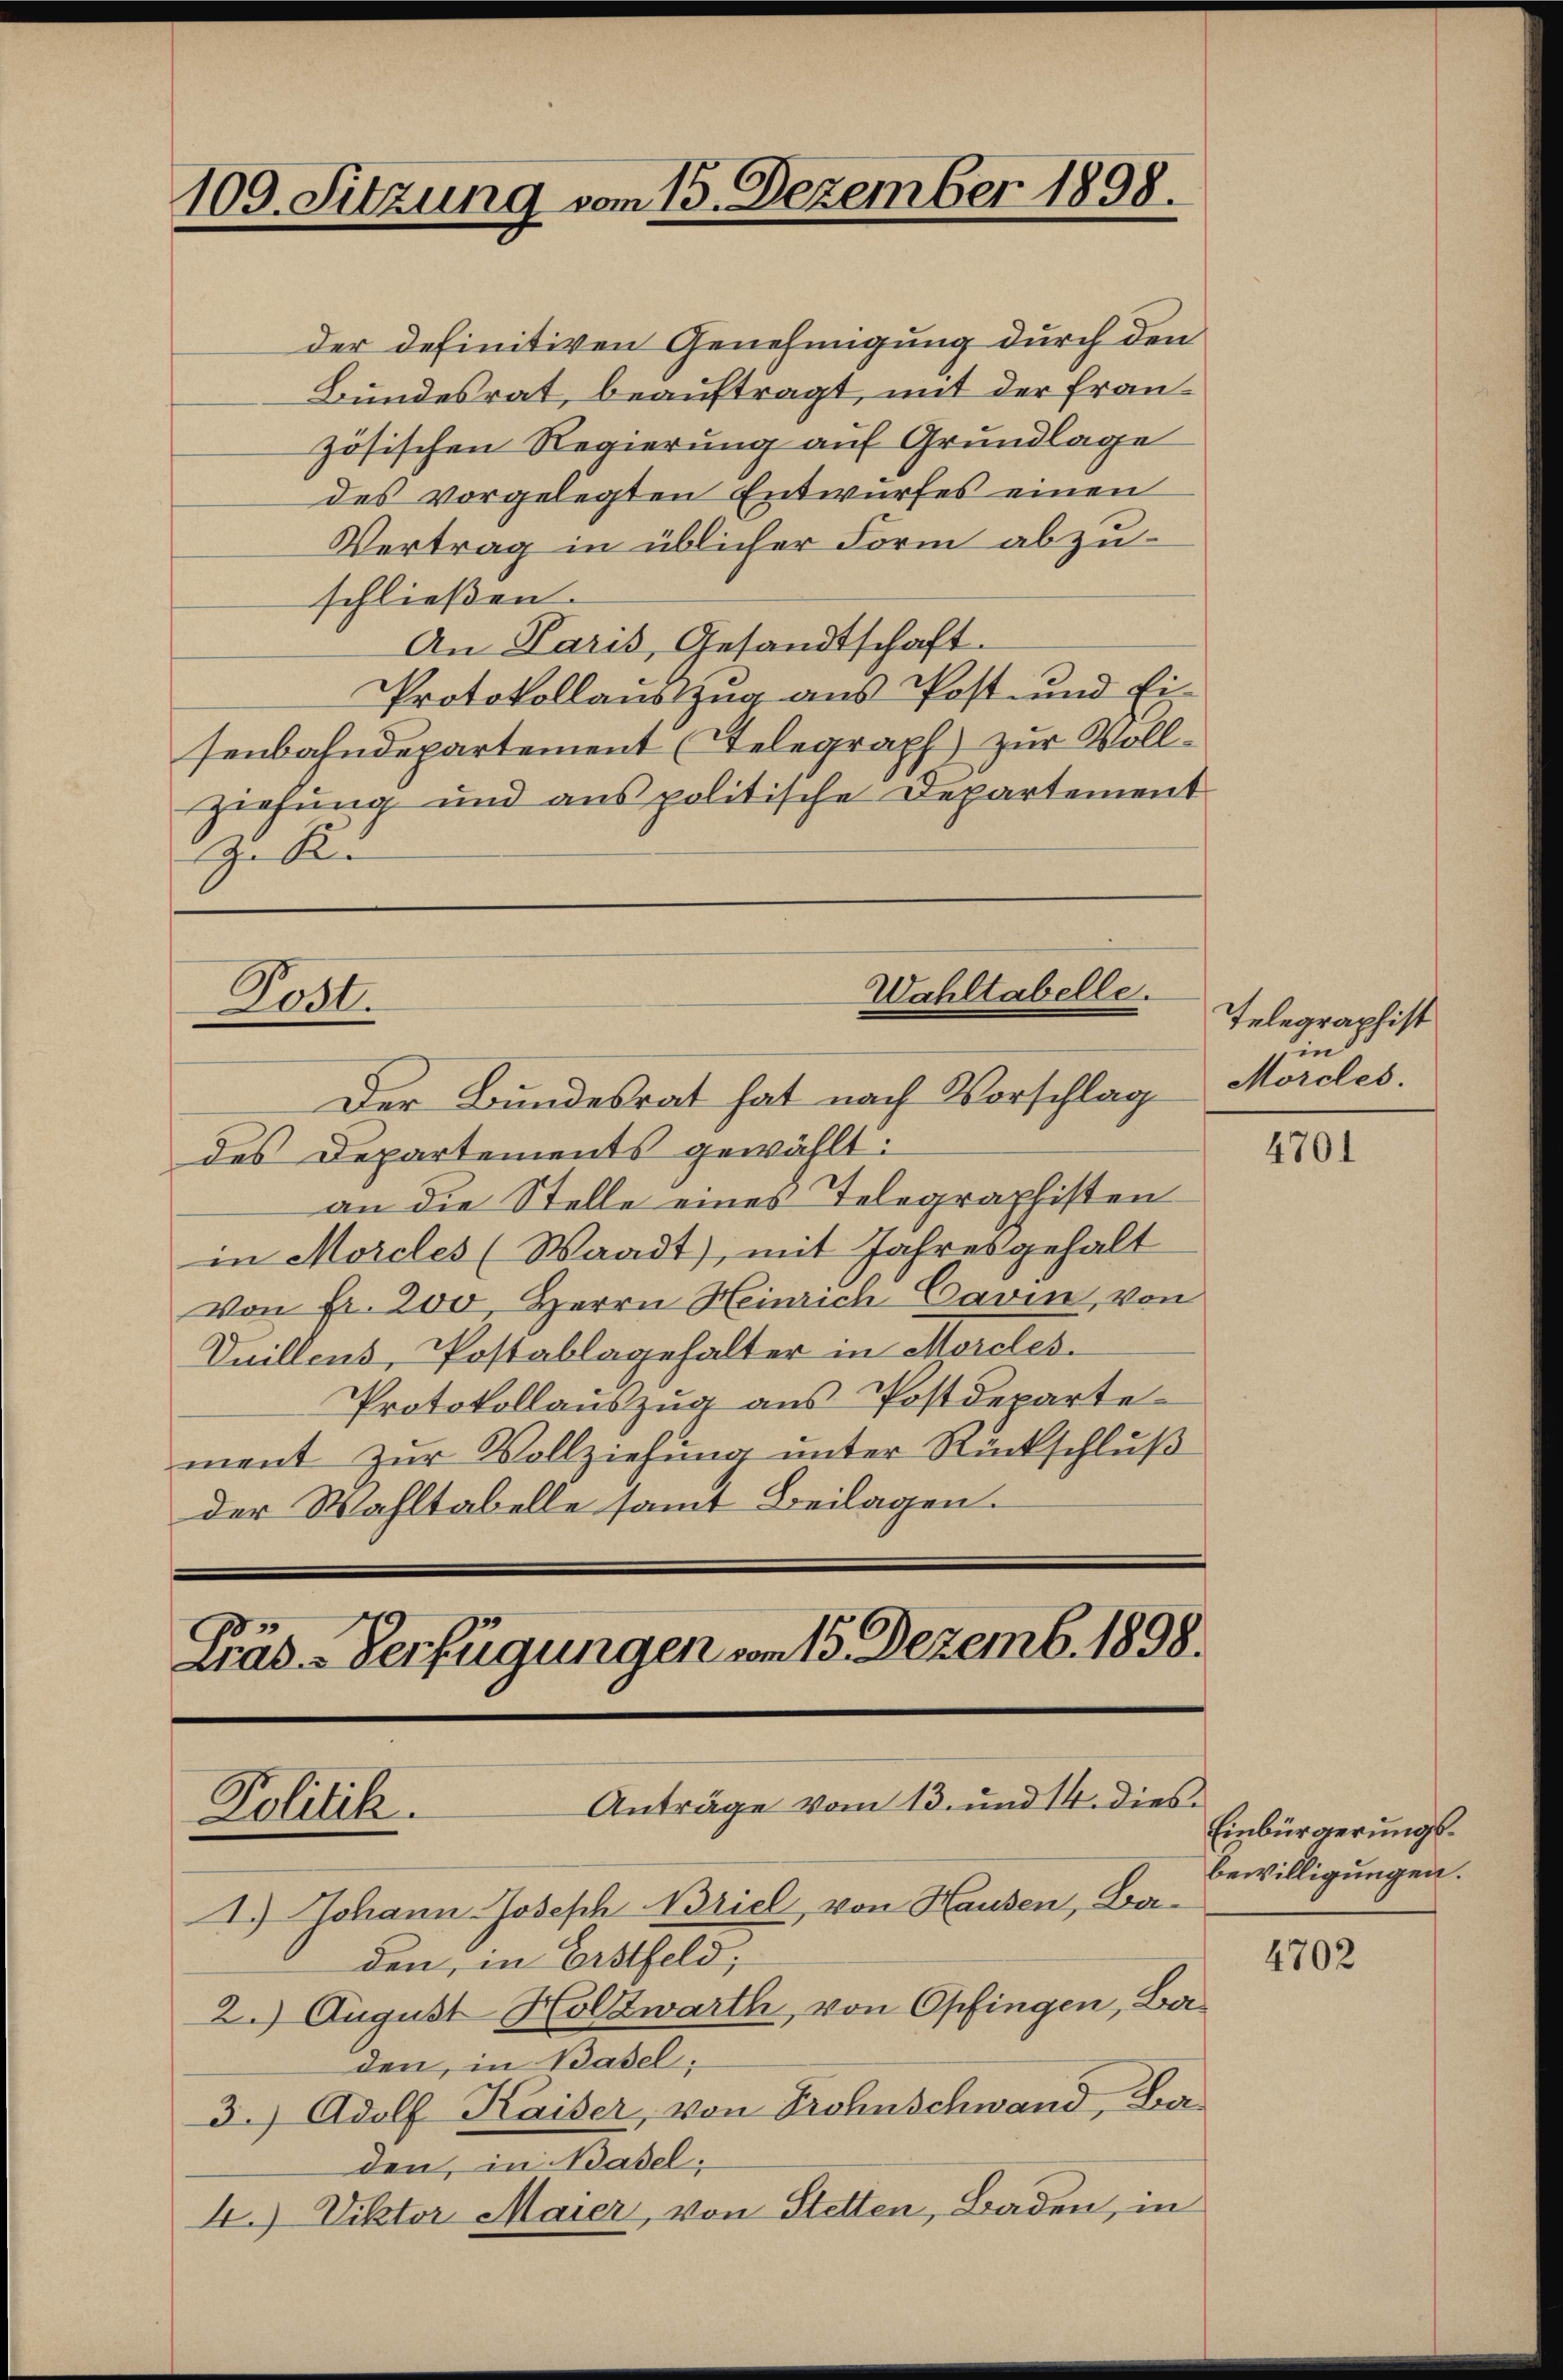
109. Sitzung vom 15. Dezember 1898.

der definitiven Genehmigung durch den
Bundesrat, beauftragt, mit der französischen Regierung auf Grundlage
des vorgelegten Entwurfes einen
Vertrag in üblicher Form abzuschließen.
An Paris, Gesandtschaft.
Protokollauszug aus Post- und Ei-
senbahndepartement (Telegraph zur Voll¬
Ziefung und aus politische Departement
Zu R

Wahltabelle.
Post.
Der Bundesrat hat nach Vorschlag

E
Präd-Verfügungen vom 15. Dezemb. 1898.
Anträge vom 13. und 14. dies¬
Kolitik.

des Departements gewählt:
an die Stelle eines Telegraphisten
in Morcles (Waadt), mit Jahresgehalt
von Fr. 200, Herrn Heinrich-Cavin, von
Duillens, Postablagehalter in Morcles
Protokollaŭszŭg ans Postdeparte
ment zur Vollziehung unter Rückschluß
der Wahltabelle samt Beilagen.

1.) Johann Joseph Briel, von Hausen, Baden, in Erstfeld,
2.) August Holzwärth, von Opfingen, Baden, in Basel;
3.) Adolf Kaiser, von Frohnschwand, Baden, in Basel;

4.) Viktor Maier, von Stetten, Baden, in

Telegraphist
in
Morcles.

4701

Einbürgerungsbewilligungen.

4702